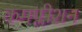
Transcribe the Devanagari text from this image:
कमप्लीशन